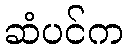
ဆံပင်က